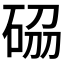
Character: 𥒢